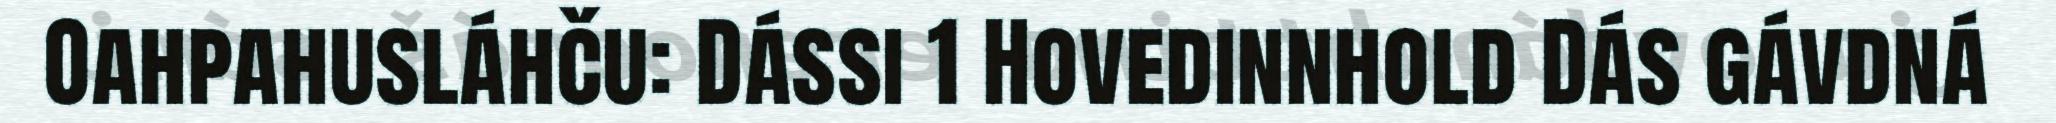
Oahpahusláhču: Dássi 1 Hovedinnhold Dás gávdná